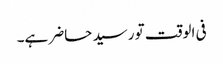
فی الوقت تو رسید حاضر ہے۔